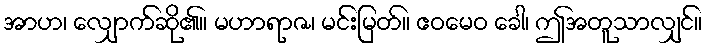
အာဟ၊ လျှောက်ဆို၏။ မဟာရာဇ၊ မင်းမြတ်။ ဧဝမေဝ ခေါ၊ ဤအတူသာလျှင်။